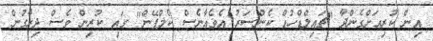
އިން ކުރިއަށްގެންދާ "ޗައިލްޑްހުޑް ކެންސަރު އެވެއާނެސް ކެމްޕޭން" ގައި ކުރިން ވެސް ދިރާގުން